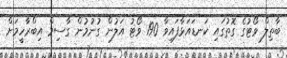
ބާތިލް ވޯޓުގެ ގޮތުގައި ކަނޑައަޅާފައިވާ 190 ވޯޓު އަލުން ގުނުމުން ގާސިމް އިބްރާހީމަށް